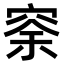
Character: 𥥸